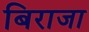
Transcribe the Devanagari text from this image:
बिराजा